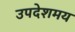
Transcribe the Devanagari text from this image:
उपदेशमय